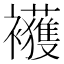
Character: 𲁇